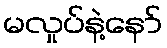
မလှုပ်နဲ့နော်